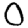
Digit: 0